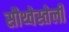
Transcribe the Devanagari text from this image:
सौथ्वेस्तेर्ली